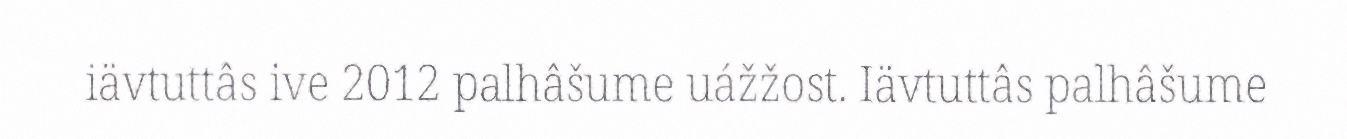
iävtuttâs ive 2012 palhâšume uážžost. Iävtuttâs palhâšume